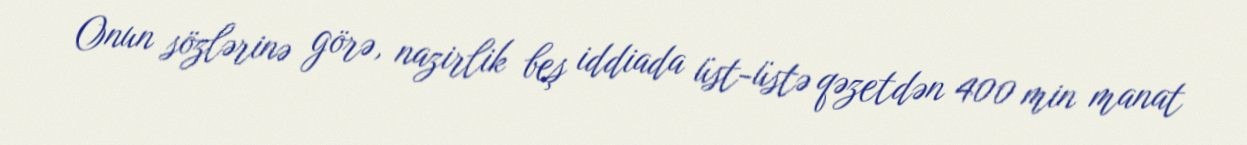
Onun sözlərinə görə, nazirlik beş iddiada üst-üstə qəzetdən 400 min manat